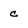
Character: c